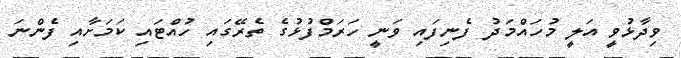
ވިދާޅުވީ އަލީ މުހައްމަދު ފެނިފައި ވަނީ ހަރަމްފުޅުގެ ތެރޭގައި ހުއްޓައި ކަމަށާއި ފެންނަ